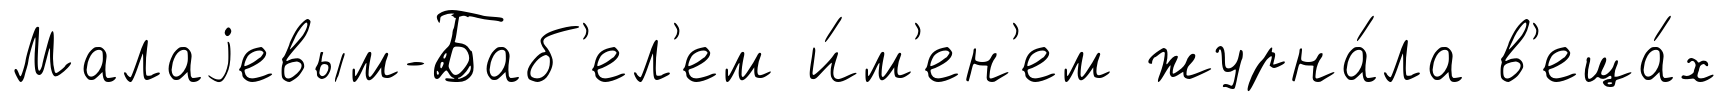
Малаjевым-Баб'ел'ем и́м'ен'ем журна́ла в'еща́х